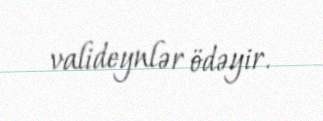
valideynlər ödəyir.